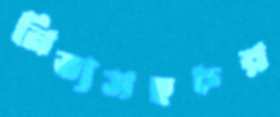
নিত্যসহচর